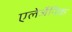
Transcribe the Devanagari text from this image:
एलेर्जेनिक